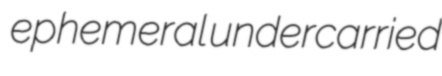
ephemeral undercarried